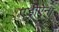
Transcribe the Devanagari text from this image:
एड्रीऐना